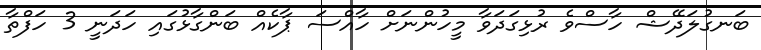
ބަނގުލަދޭޝް ހާސްވެ ރުޅިގަދަވާ މީހުންނަށް ހާއްސަ ޕާކެއް ބަންގާޅުގައި ހަދަނީ 3 ހަފްތާ